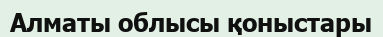
Алматы облысы қоныстары